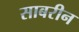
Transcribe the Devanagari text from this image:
साबरीन